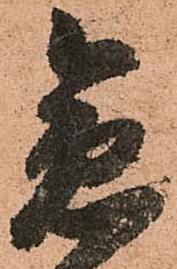
急